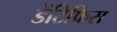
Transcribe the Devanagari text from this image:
डेंटिफिस